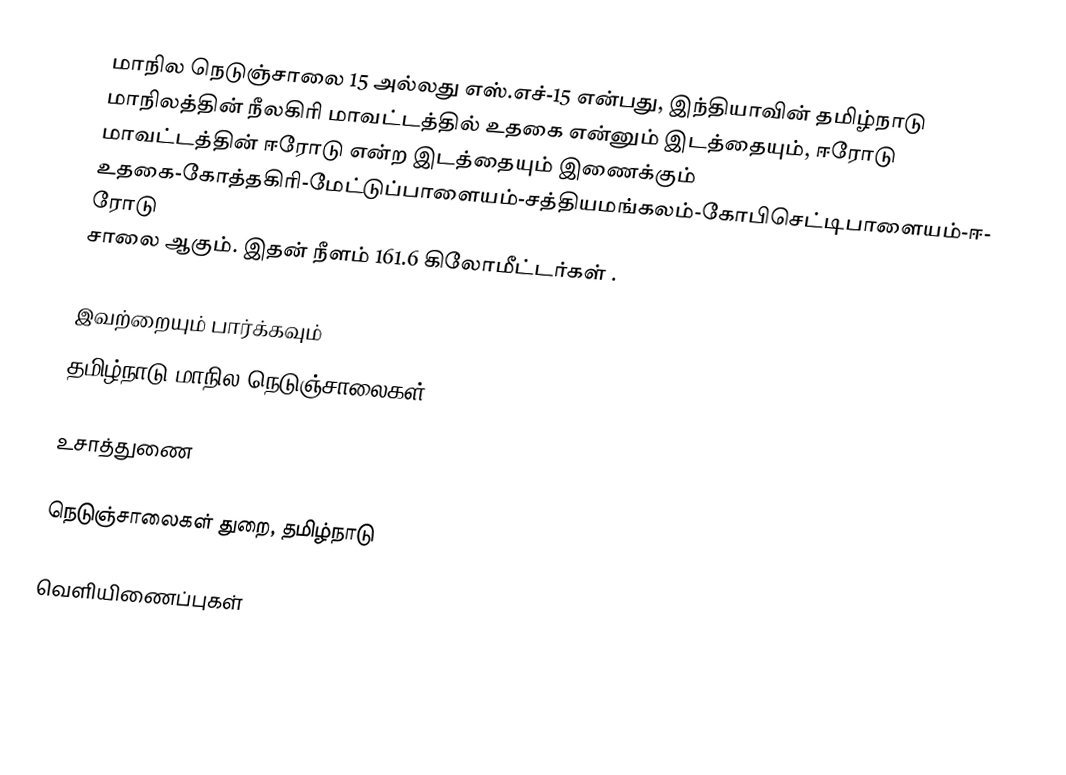
மாநில நெடுஞ்சாலை 15 அல்லது எஸ்.எச்-15 என்பது, இந்தியாவின் தமிழ்நாடு மாநிலத்தின் நீலகிரி மாவட்டத்தில் உதகை என்னும் இடத்தையும், ஈரோடு மாவட்டத்தின் ஈரோடு என்ற இடத்தையும் இணைக்கும் உதகை-கோத்தகிரி-மேட்டுப்பாளையம்-சத்தியமங்கலம்-கோபிசெட்டிபாளையம்-ஈரோடு சாலை ஆகும். இதன் நீளம் 161.6  கிலோமீட்டர்கள் .

இவற்றையும் பார்க்கவும்
 தமிழ்நாடு மாநில நெடுஞ்சாலைகள்

உசாத்துணை

 நெடுஞ்சாலைகள் துறை, தமிழ்நாடு

வெளியிணைப்புகள்